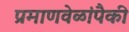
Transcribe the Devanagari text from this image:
प्रमाणवेळांपैकी